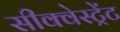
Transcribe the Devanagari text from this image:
सीक्वेस्ट्रेंट